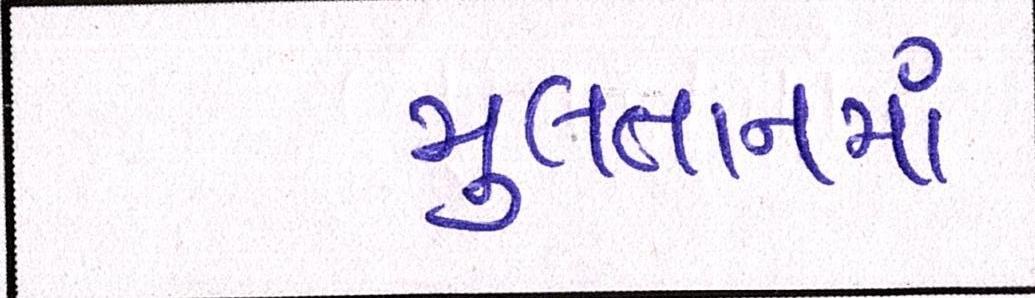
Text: મુલતાનમાં